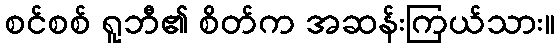
စင်စစ် ရူဘီ၏ စိတ်က အဆန်းကြယ်သား။